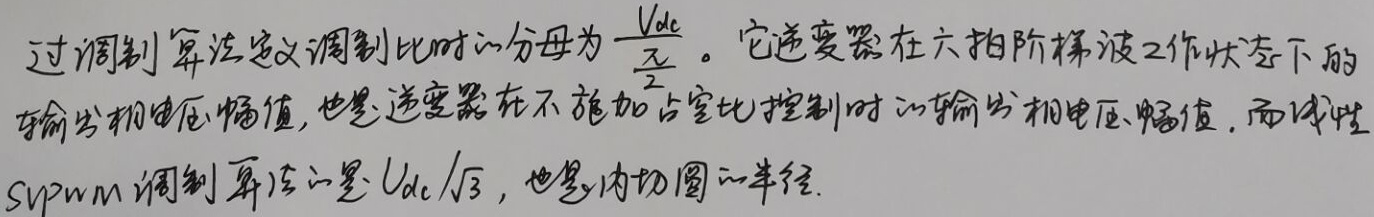
过调制算法定义调制比时的分母为\(\frac{V_{dc}}{\frac{\pi}{2}}\)。它是逆变器在六拍阶梯波工作状态下的输出相电压幅值，也是逆变器在不施加占空比控制时的输出相电压幅值，而线性SVPWM调制算法的是\(V_{dc}/\sqrt{3}\)，也是内切圆的半径。